Children and Young Persons (Scotland) Act, 1932. Care and training of juveniles, 1932
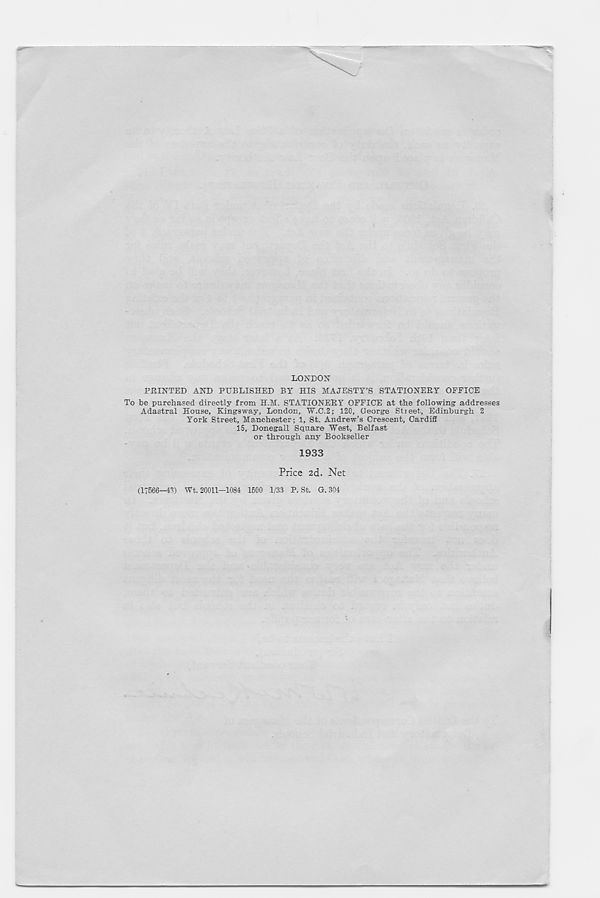
LONDON
PRINTED AND PUBLISHED BY HIS MAJESTY’S STATIONERY OFFICE
To be purchased directly from H.M. STATIONERY OFFICE at the following addresses
Adastral House, Kingsway, London, W.C.2; 120, George Stieet, Edinburgh 2
York Street, Manchester; 1, St. Andrew’s Crescent, Cardiff
15, Donegall Square West, Belfast
or through any Bookseller
1933
Price 2d. Net
(17566—43) Wt. 20011-1084 1500 1/83 P. St. G.304